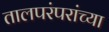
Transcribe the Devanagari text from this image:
तालपरंपरांच्या